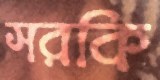
সরকি